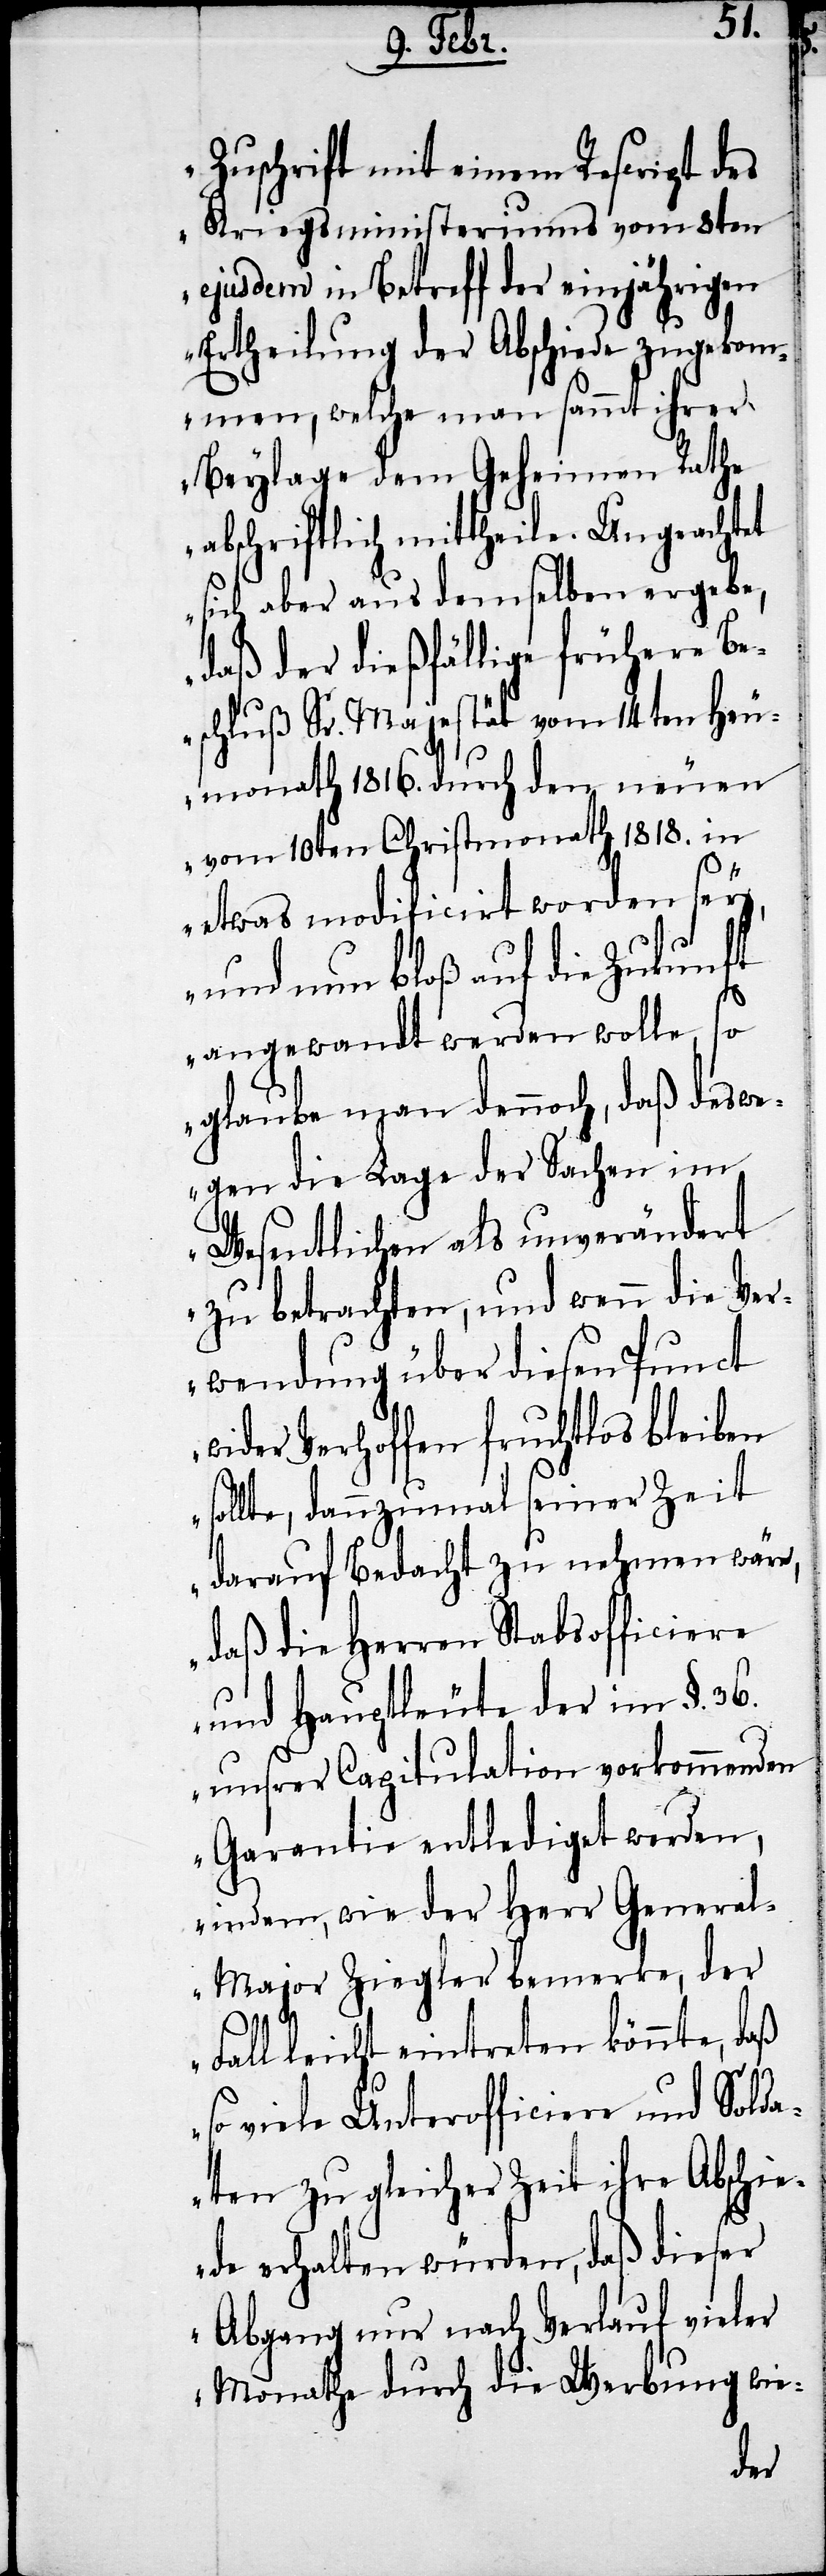
Zuschrift mit einem Rescript des
Kriegsministeriums vom 8ten
ejusdem in Betreff der einjährigen
Ertheilung der Abschiede zugekom¬
men, welche man sammt ihrer
Beylage dem Geheimen Rathe
abschriftlich mittheile. Ungeachtet
sich aber aus demselben ergebe,
daß der dießfällige frühere Be¬
schluß Sr. Majestät vom 14ten Heu¬
monath 1816. durch den neuen
vom 10ten Christmonat 1818. in
etwas modificirt worden sey,
und nun bloß auf die Zukunft
angewandt werden wolle, so
glaube man dennoch, daß deswe¬
gen die Lage der Sachen im
Wesentlichen als unverändert
zu betrachten, und wenn die Ver¬
wendung über diesen Punct
wider Verhoffen fruchtlos bleiben
sollte, dannzumal seiner Zeit
darauf Bedacht zu nehmen wäre,
daß die Herren Stabsofficiere
und Hauptleute der im §. 36.
unsere Capitulation vorkommenden
Garantie entlediget werden,
indem, wie der Herr Genera¬
l-Major Ziegler bemerke, der
Fall leicht eintreten könnte, daß
so viele Unterofficiere und Solda¬
ten zu gleicher Zeit ihre Abschie¬
de erhalten würden, daß dieser
Abgang nur nach Verlauf vieler
Monathe durch die Werbung wie-